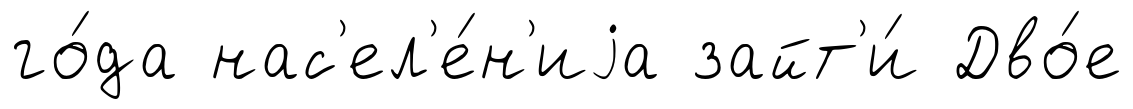
го́да нас'ел'е́н'иjа зайт'и́ Дво́е